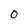
Character: O